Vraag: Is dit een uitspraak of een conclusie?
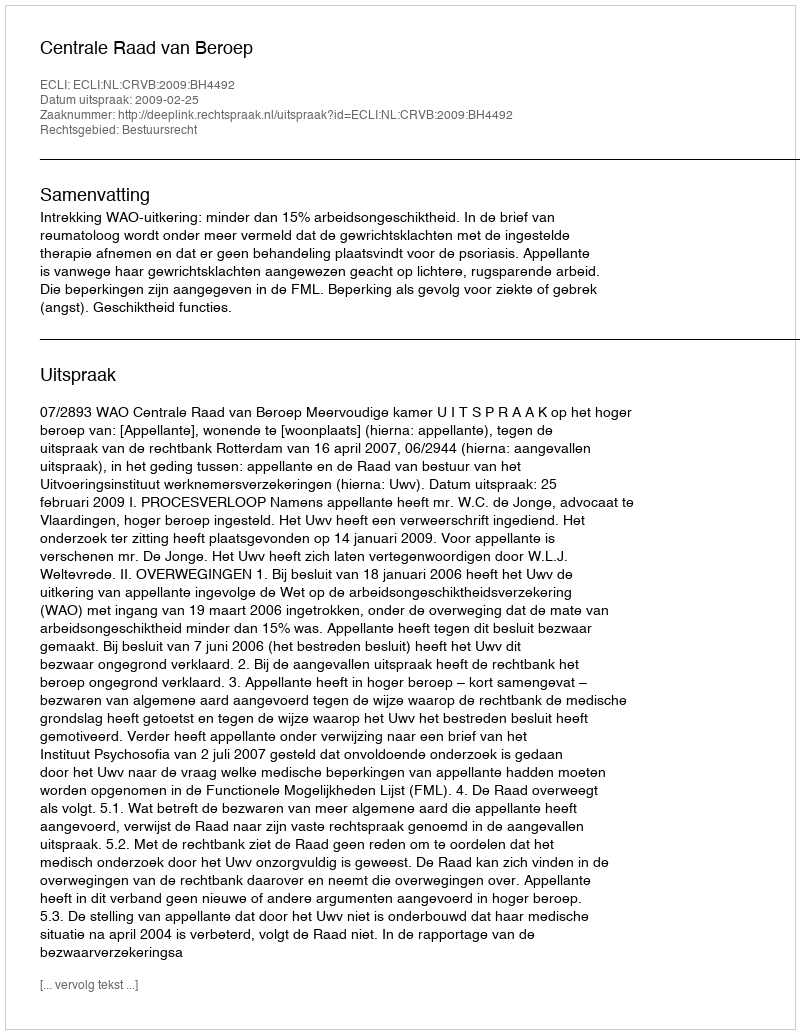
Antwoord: Uitspraak